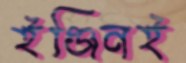
ইঞ্জিনই